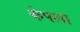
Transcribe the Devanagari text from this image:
केपला